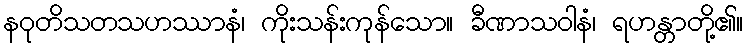
နဝုတိသတသဟဿာနံ၊ ကိုးသန်းကုန်သော။ ခီဏာသဝါနံ၊ ရဟန္တာတို့၏။